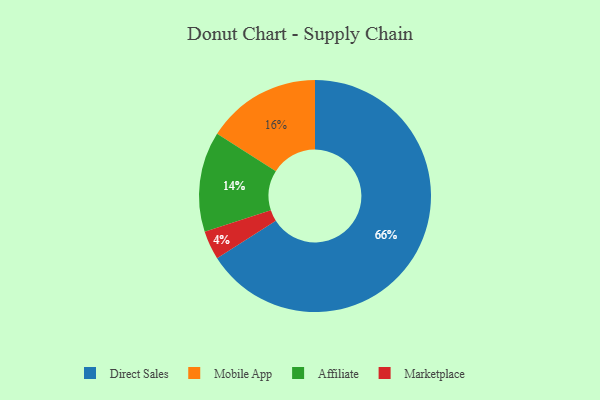
{"axis": {"x": "Category", "y": "Percentage"}, "legend": ["Affiliate", "Direct Sales", "Marketplace", "Mobile App"], "data": [{"x": "Marketplace", "y": 4, "type": "Marketplace"}, {"x": "Affiliate", "y": 14, "type": "Affiliate"}, {"x": "Mobile App", "y": 16, "type": "Mobile App"}, {"x": "Direct Sales", "y": 66, "type": "Direct Sales"}]}